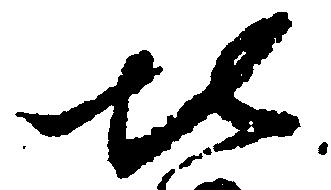
北